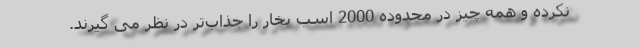
نکرده و همه چیز در محدوده 2000 اسب بخار را جذاب‌تر در نظر می گیرند.